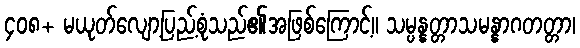
၄၀၈+ မယုတ်လျော့ပြည့်စုံသည်၏အဖြစ်ကြောင့်။ သမ္ပန္နတ္တာသမန္နာဂတတ္တာ၊